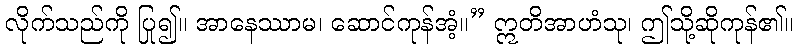
လိုက်သည်ကို ပြု၍။ အာနေဿာမ၊ ဆောင်ကုန်အံ့။” ဣတိအာဟံသု၊ ဤသို့ဆိုကုန်၏။